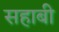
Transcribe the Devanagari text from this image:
सहाबी